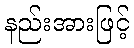
နည်းအားဖြင့်